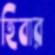
হিবার